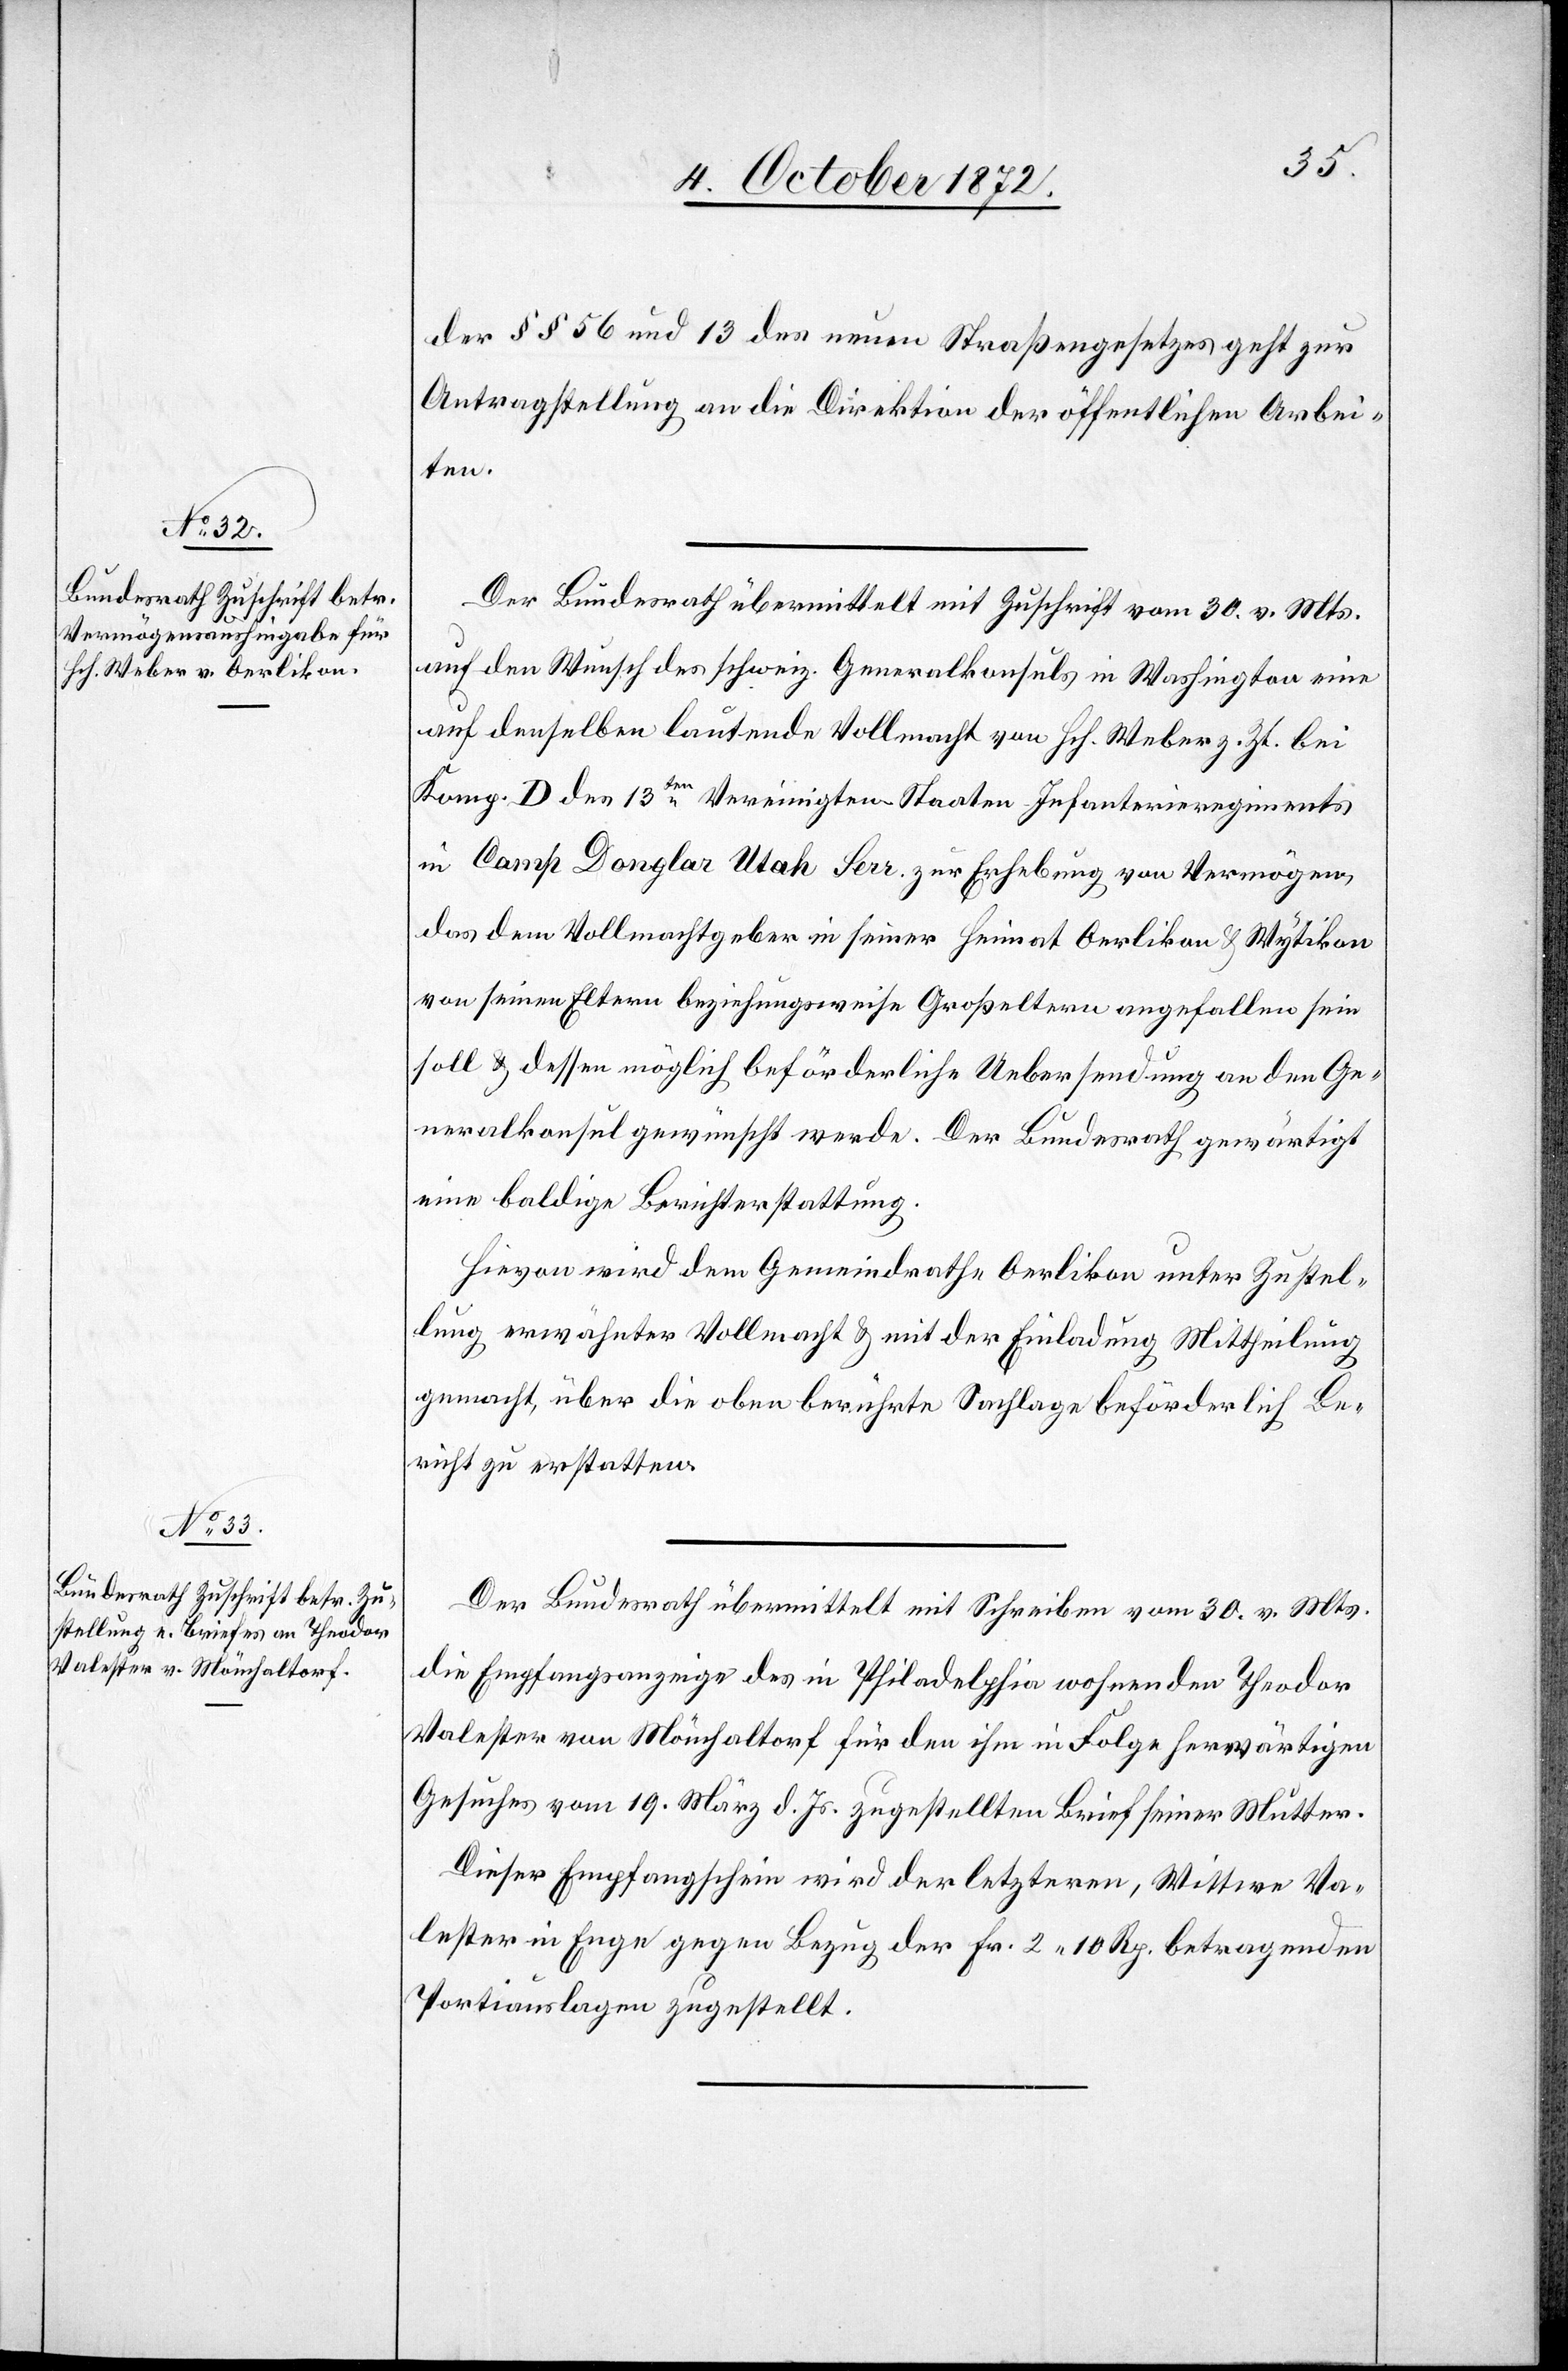
4. October 1872.]
der §§ 56 und 13 des neuen Straßengesetzes zur
Antragstellung an die Direktion der öffentlichen Arbei¬
ten.
Der Bundesrath übermittelt mit Zuschrift vom 30. v. Mts.
auf den Wunsch des schweiz. Generalkonsuls in Washington eine
auf denselben lautende Vollmacht von Hch. Weber z. Zt. bei
Komp. D des 13ten Vereinigten-Staaten-Infanterieregiments
[recte: Douglas] Utah Serr. zur Erhebung von Vermögen,
das dem Vollmachtgeber in seiner Heimat Oerlikon u. Wytikon
von seinen Eltern beziehungsweise Großeltern angefallen sein
soll u. dessen möglich beförderliche Uebersendung an den Ge¬
neralkonsul gewünscht werde. Der Bundesrath gewärtigt
eine baldige Berichterstattung.
Hievon wird dem Gemeindrathe Oerlikon unter Zustel¬
lung erwähnter Vollmacht u. mit der Einladung Mittheilung
gemacht über die oben berührte Sachlage beförderlich Be¬
richt zu erstatten.
Der Bundesrath übermittelt mit Schreiben vom 30. v. Mts.
die Empfangsanzeige des in Philadelphia wohnenden Theodor
Valester von Mönchaltorf für den ihm in Folge herwärtigen
Gesuches vom 19. März d. Js. zugestellten Brief seiner Mutter.
Dieser Empfangschein wird der letzteren, Wittwe Va¬
lester in Enge gegen Bezug der Fr. 2 10 Rp. betragenden
Portiauslagen zugestellt.